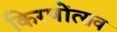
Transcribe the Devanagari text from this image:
किरणोंत्सव